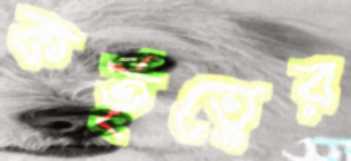
কর্তৃত্বের